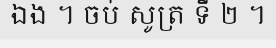
ឯង ។ ចប់ សូត្រ ទី ២ ។